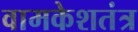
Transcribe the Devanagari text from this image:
वामकेशतंत्र